Annual report on the working of the lock hospitals in the Central Provinces
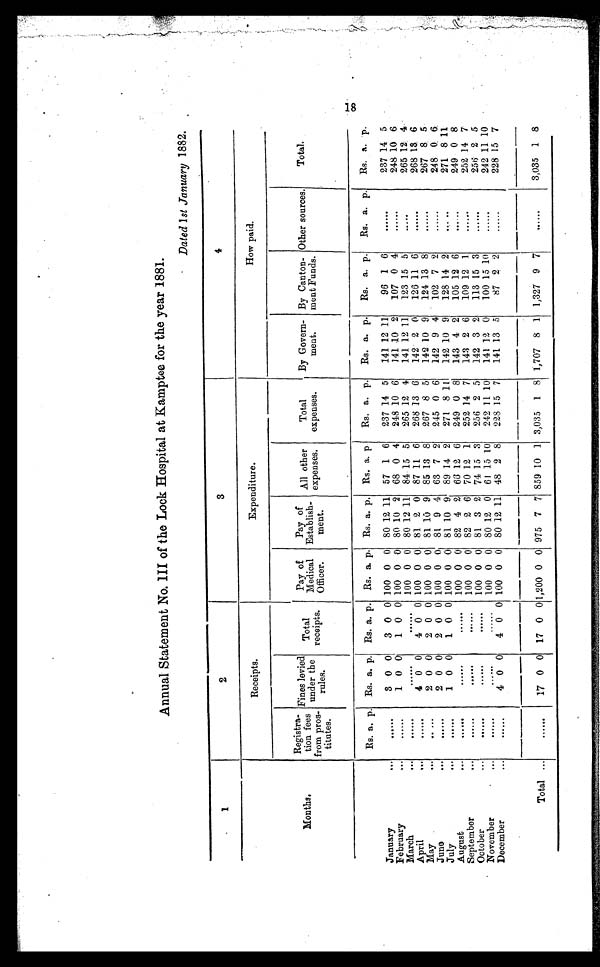
Annual Statement No. III of the Lock Hospital at Kamptee for the year 1881.
Dated 1st January 1882.
1
2
3
4
Receipts.
Expenditure.
How paid.
Months.
Registra-
tion fees
from pros-
titutes.
Fines levied
under the
rules.
Total
receipts.
Pay of
Medical
Officer.
Pay of
Establish-
ment.
All other
expenses.
Total
expenses.
By Govern-
ment.
By Canton-
ment Funds.
Other sources.
Total.
Rs. a. p.
Rs. a. p.
Rs. a. p.
Rs. a. p.
Rs. a. p.
Rs. a. p
Rs. a. p.
Rs. a. p.
Rs. a. p.
Rs. a. p.
Rs. a. p.
January
...
......
3 0 0
3 0 0 100 0 0
80 12 11
57 1 6
237 14 5
141 12 11
96 1 6
......
237 14 5
February
...
......
1 0
0
1 0 0 100 0 0
80 10 2
68 0 4
248 10 6
141 10 2
107 0 4
......
248 10 6
March
...
. . . . . . .
. . . . . . 100 0 0
80 12 11
84 15 5
265 12 4
141 12 11
123 15 5
.....
265 12 4
April
...
......
4 0 0
4 0 0 100 0 0
81 2 0
87 11 6
268 13 6
142 2 0
126 11 6
......
268 13 6
May
...
. . . . . .
2 0 0
2 0 0 100 0 0
81 10 9
85 13 8
267 8 5
142 10 9
124 13 8
......
267 8 5
June
...
......
2 0 0
2 0 0 100 0 0
81 9 4
63 7 2
245 0 6
142 9 4
102 7 2
......
248 0 6_
July
...
......
1 0 0
1 0 0 100 0 0
81 10 9
89 14 2
271
8
1 1
142 10 9
128 14 2
.....
271 8 11
August
...
......
. . . . . .
. . . . . . 100 0 0
82 4 2
66 12 6
249 0 8
143 4 2
105 12 6
......
249 0 8
September
...
. . . . . . .
. . . . . .
......
100 0 0
82 2 6
70 12 1
252 14 7
143 2 6
109 12 1
......
252 14 7
October
...
. . . . . .
. . . . . .
. . . . . . 100 0 0
81 3 2
74 15 3
256 2 5
142 3 2
113 15 3
......
256 2 5
November
...
. . . . .
... ...
......
100 0 0
80 12 0
61 15 10
242 11 10
141 12 0
100 15 10
......
242 11 10
December
...
......
4 0 0
4 0 0 100 0 0
80 12 11
48 2 8
228 15 7
141 13 5
87 2 2
......
228 15 7
Total ...
......
17 0 0
17 0 0 1,200 0 0 975 7 7 859 10 1 3,035
1
8 1,707 8 1
1,327 9 7
......
3,035
1 8
18